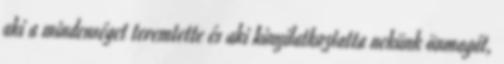
aki a mindenséget teremtette és aki kinyilatkoztatta nekünk önmagát,